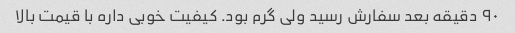
۹۰ دقیقه بعد سفارش رسید ولی گرم بود. کیفیت خوبی داره با قیمت بالا